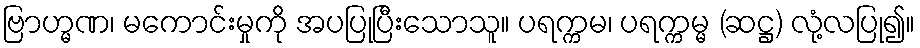
ဗြာဟ္မဏ၊ မကောင်းမှုကို အပပြုပြီးသောသူ။ ပရက္ကမ၊ ပရက္ကမ္မ (ဆဋ္ဌ) လုံ့လပြု၍။